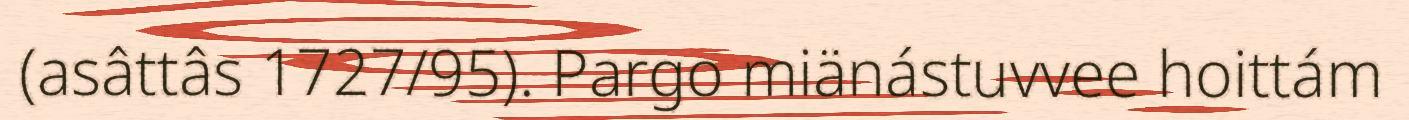
(asâttâs 1727/95). Pargo miänástuvvee hoittám